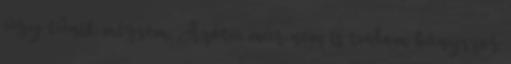
úgy tünik mégsem. Azóta már nem is tudom hányszor